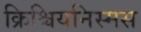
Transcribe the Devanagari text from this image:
क्रिश्चियनिस्मस